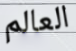
العالم